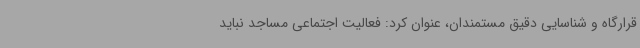
قرارگاه و شناسایی دقیق مستمندان، عنوان کرد: فعالیت اجتماعی مساجد نباید